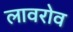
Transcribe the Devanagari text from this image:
लावरोव